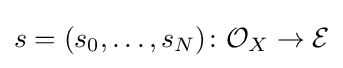
s=(s_{0},\ldots ,s_{N})\colon {\mathcal {O}}_{X}\to {\mathcal {E}}